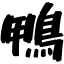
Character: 鴨